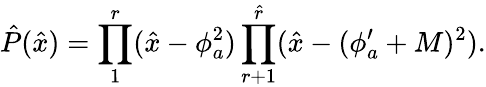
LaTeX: \hat{P}(\hat{x})=\prod_{1}^{r}(\hat{x}-\phi_{a}^{2})\prod_{r+1}^{\hat{r}}(\hat{x}-(\phi_{a}^{\prime}+M)^{2}).